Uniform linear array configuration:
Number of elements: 8
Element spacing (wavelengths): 0.5
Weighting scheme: kaiser
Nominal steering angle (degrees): -30
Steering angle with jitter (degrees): -30.115
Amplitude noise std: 0.05
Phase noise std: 0.05

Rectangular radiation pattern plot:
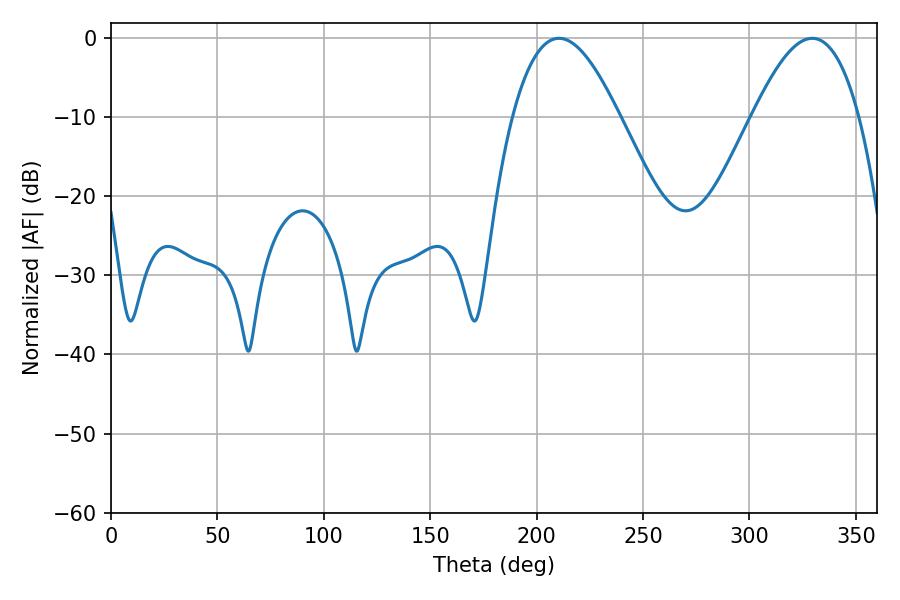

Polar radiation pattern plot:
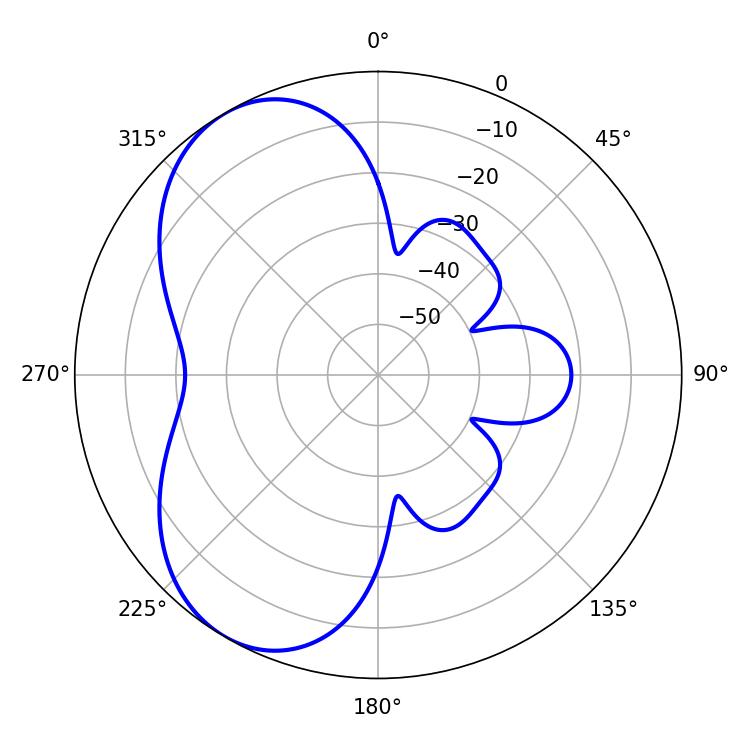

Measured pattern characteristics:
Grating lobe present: FALSE
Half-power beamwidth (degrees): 27.36
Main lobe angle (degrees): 210.42